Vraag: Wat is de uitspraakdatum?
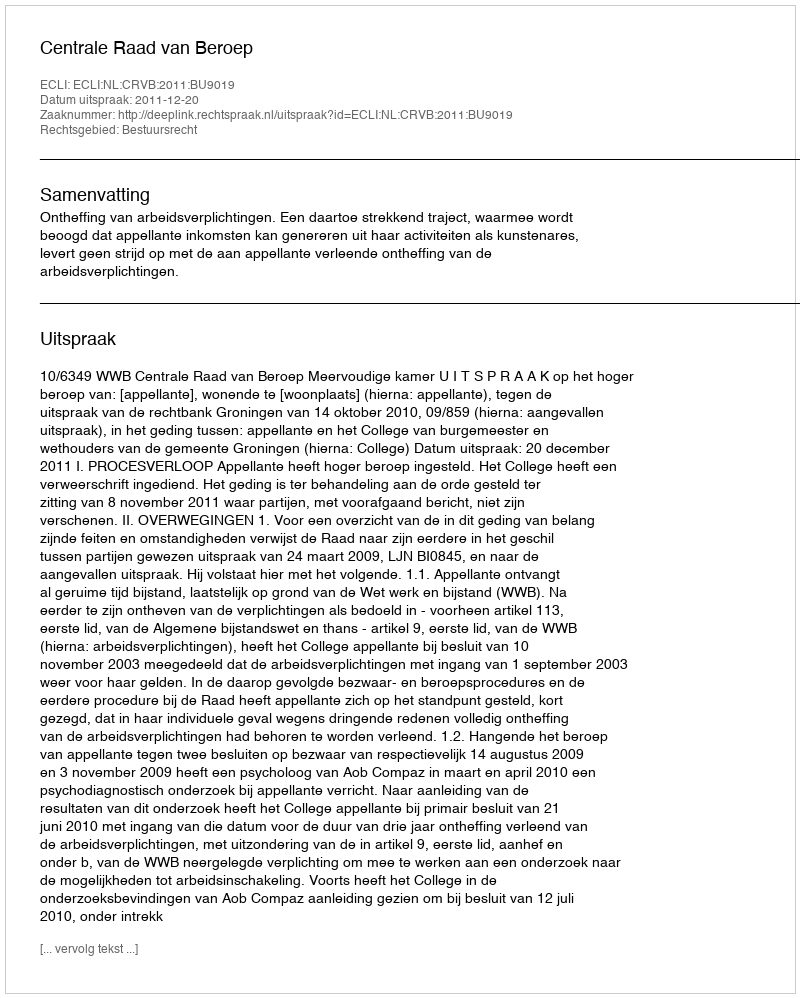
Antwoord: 2011-12-20